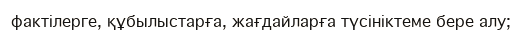
фактілерге, құбылыстарға, жағдайларға түсініктеме бере алу;